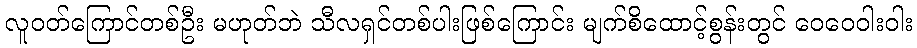
လူဝတ်ကြောင်တစ်ဦး မဟုတ်ဘဲ သီလရှင်တစ်ပါးဖြစ်ကြောင်း မျက်စိထောင့်စွန်းတွင် ဝေဝေဝါးဝါး